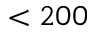
< 2 0 0